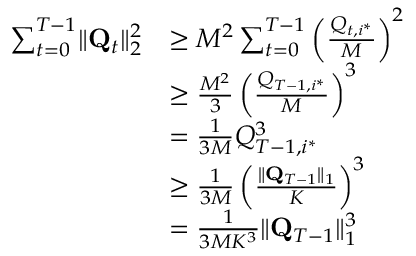
\begin{array} { r l } { \sum _ { t = 0 } ^ { T - 1 } \lVert \mathbf Q _ { t } \rVert _ { 2 } ^ { 2 } } & { \ge M ^ { 2 } \sum _ { t = 0 } ^ { T - 1 } \left( \frac { Q _ { t , i ^ { * } } } M \right) ^ { 2 } } \\ & { \ge \frac { M ^ { 2 } } 3 \left( \frac { Q _ { T - 1 , i ^ { * } } } M \right) ^ { 3 } } \\ & { = \frac 1 { 3 M } Q _ { T - 1 , i ^ { * } } ^ { 3 } } \\ & { \ge \frac 1 { 3 M } \left( \frac { \lVert \mathbf Q _ { T - 1 } \rVert _ { 1 } } K \right) ^ { 3 } } \\ & { = \frac 1 { 3 M K ^ { 3 } } \lVert \mathbf Q _ { T - 1 } \rVert _ { 1 } ^ { 3 } } \end{array}